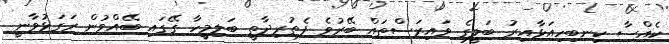
ކެއްސާ ކިނބިހިއަޅާއިރު ބަލީގެ ވައިރަސްތައް ބޭރުވެ ފެތުރިދާތީ ބަލިމީހާ ގޭގައި ބޭއްވުން ރަގަޅުވާނީ